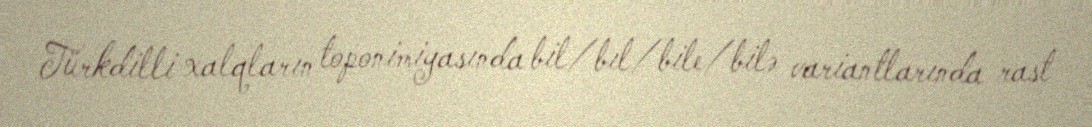
Türkdilli xalqların toponimiyasında bil/bıl/bile/bilə variantlarında rast